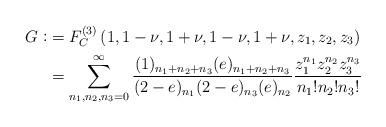
LaTeX: \begin{align*} G \vcentcolon&= F_C^{(3)}\left(1,1-\nu,1+\nu,1-\nu,1+\nu,z_1,z_2,z_3\right)\\&=\sum_{n_1,n_2,n_3 =0}^\infty \frac{(1)_{n_1+n_2+n_3} (e)_{n_1+n_2+n_3}}{ (2-e)_{n_1} (2-e)_{n_3} (e)_{n_2}} \frac{z_1^{n_1} z_2^{n_2} z_3^{n_3}}{n_1! n_2! n_3!}\end{align*}